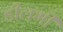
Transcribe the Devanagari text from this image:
डीलभी